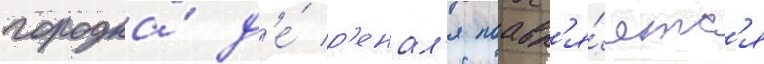
городка́ д'е́ р'енал'я поавл'я́етс'я